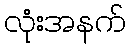
လုံးအနက်